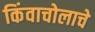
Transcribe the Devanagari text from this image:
किंवाचोलाचे